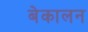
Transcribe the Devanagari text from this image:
बेकालन